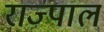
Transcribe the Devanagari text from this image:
राज्पाल